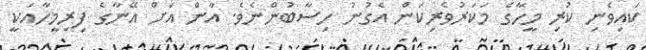
ކައިވެނި ކުރި މީހާގެ މަކަރުވެރިކަން އެގުނު ހިސާބުންނެވެ. އާން އަށް އޭނާގެ ފިރިމީހާއަކީ